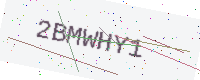
Text: 2BMWHY1